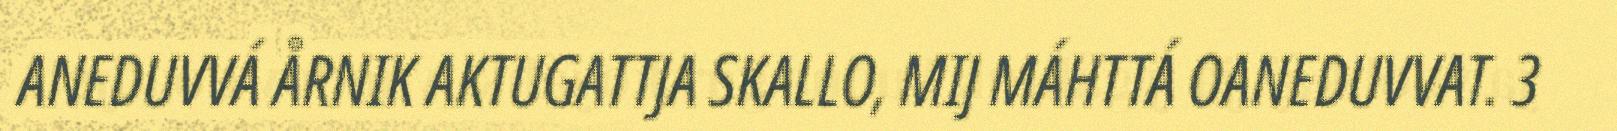
ANEDUVVÁ ÅRNIK AKTUGATTJA SKALLO, MIJ MÁHTTÁ OANEDUVVAT. 3